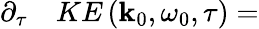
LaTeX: \begin{array}{rl}{\partial_{\tau}}&{{}KE\left(\mathbf{k}_{0},\omega_{0},\tau\right)=}\end{array}